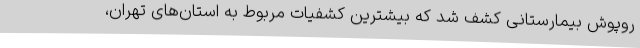
روپوش بیمارستانی کشف شد که بیشترین کشفیات مربوط به استان‌های تهران،